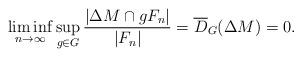
LaTeX: \begin{align*}\liminf_{n \to \infty} \sup_{g \in G}\frac{|\Delta M \cap gF_n|}{|F_n|} = \overline{D}_G(\Delta M)=0.\end{align*}